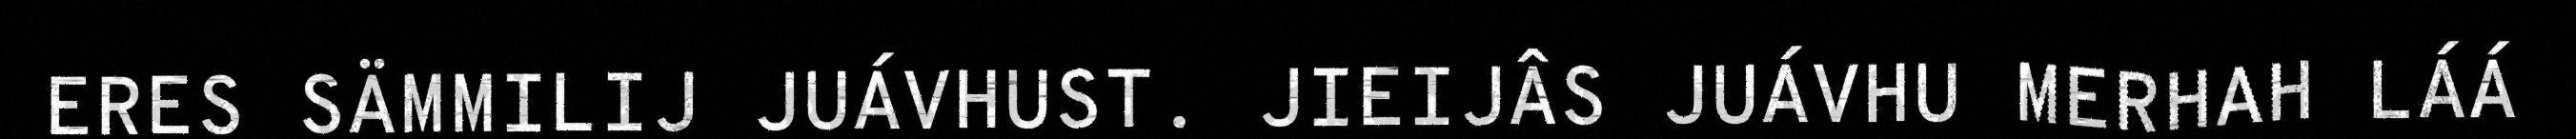
ERES SÄMMILIJ JUÁVHUST. JIEIJÂS JUÁVHU MERHAH LÁÁ